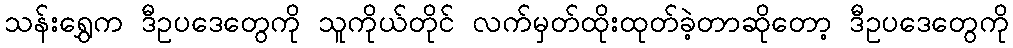
သန်းရွှေက ဒီဥပဒေတွေကို သူကိုယ်တိုင် လက်မှတ်ထိုးထုတ်ခဲ့တာဆိုတော့ ဒီဥပဒေတွေကို